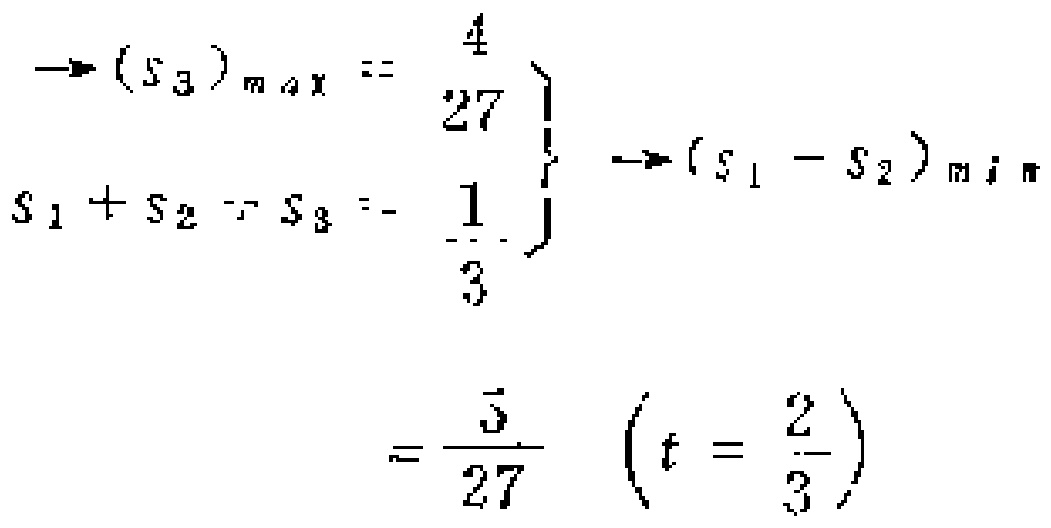
\[

\begin{align*}

&\left.\begin{array}{l}

\longrightarrow (S_3)_{\max}=\frac{4}{27}\\

S_1 + S_2 - S_3=-\frac{1}{3}

\end{array}\right\}\longrightarrow (S_1 - S_2)_{\min}\\

&=\frac{5}{27}\left(t = \frac{2}{3}\right)

\end{align*}

\]